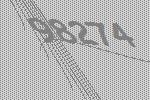
98274